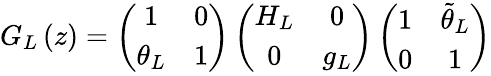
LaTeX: G_{L}\left(z\right)=\left(\begin{array}{cc}{{1}}&{{0}}\\ {{\theta_{L}}}&{{1}}\end{array}\right)\left(\begin{array}{cc}{{H_{L}}}&{{0}}\\ {{0}}&{{g_{L}}}\end{array}\right)\left(\begin{array}{cc}{{1}}&{{\tilde{\theta}_{L}}}\\ {{0}}&{{1}}\end{array}\right)